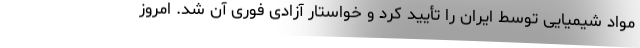
مواد شیمیایی توسط ایران را تأیید کرد و خواستار آزادی فوری آن شد. امروز